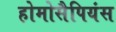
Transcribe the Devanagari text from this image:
होमोसैपियंस